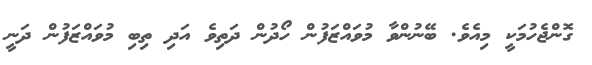
ގޮންޖެހުމަކީ މިއެވެ. ބޭނުންވާ މުވައްޒަފުން ހޯދުން ދަތިވެ އަދި ތިބި މުވައްޒަފުން ދަނީ